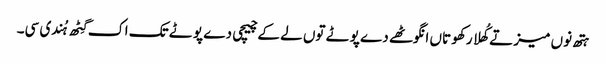
ہتھ نوں میز تے کُھلا رکھو تاں انگوٹھے دے پوٹے توں لے کے چیچی دے پوٹے تک اک گِٹھ ہُندی سی۔